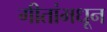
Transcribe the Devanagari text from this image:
गीतांमधून